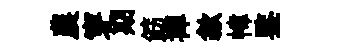
農穿期筯襌歙幃鍳